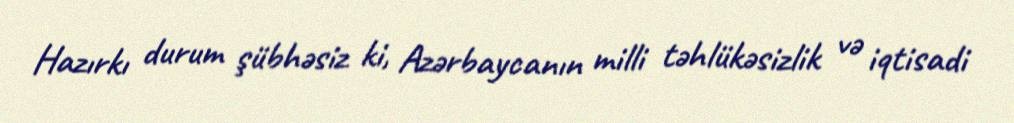
Hazırkı durum şübhəsiz ki, Azərbaycanın milli təhlükəsizlik və iqtisadi